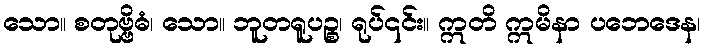
သော။ စတုဗ္ဗိဓံ၊ သော။ ဘူတရူပဉ္စ၊ ရုပ်၎င်း။ ဣတိ ဣမိနာ ပဘေဒေန၊